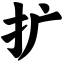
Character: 扩